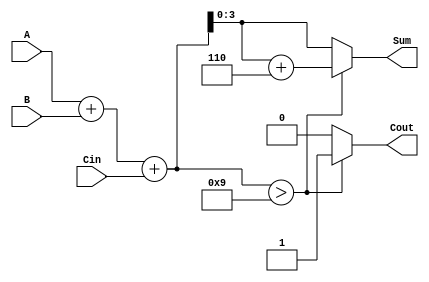
module BCD_Fast_Adder (
    input  [3:0] A,    // First BCD digit
    input  [3:0] B,    // Second BCD digit
    input        Cin,   // Carry input
    output reg [3:0] Sum, // Resulting BCD digit
    output reg Cout      // Carry output
);

    wire [4:0] Temp_Sum; // 5-bit to hold the sum of A, B, and Cin
    wire correction_needed; // Flag to indicate if correction is needed

    // Step 1: Binary addition of A, B, and Cin
    assign Temp_Sum = A + B + Cin;

    // Step 2: Check if correction is needed (if Temp_Sum > 9)
    assign correction_needed = Temp_Sum > 5'd9;

    // Step 3: Generate the corrected sum and carry output
    always @(*) begin
        if (correction_needed) begin
            Sum = Temp_Sum + 5'd6; // Add 6 to correct the BCD
            Cout = 1;              // Set carry out
        end else begin
            Sum = Temp_Sum[3:0];   // Use the lower 4 bits directly
            Cout = 0;              // No carry out
        end
    end

endmodule